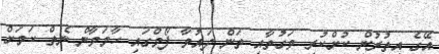
އޭގެ އިތުރުން ކުށްކުރި ވަގުތާއި ތަން ދައުވާ ފޯމްގައި ހާމަވާން ނެތް ކަމަށް